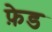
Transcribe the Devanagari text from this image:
फ़ेड